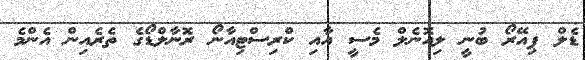
ޑެލް ޕިއޭރޯ ބުނީ ލިއޮނެލް މެސީ އާއި ކްރިސްޓިއާނޯ ރޮނާލްޑޯގެ ތެރެއިން އެންމެ